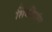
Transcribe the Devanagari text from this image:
सिकीयांग